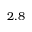
2 . 8